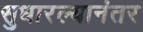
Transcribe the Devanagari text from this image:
सुधारल्यानंतर